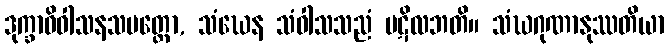
ဒုက္ခာဓိဝါသနသမတ္ထော, သံဃေန သံဝါသသညံ ပဋိလဘတိ။ သံဃဂုဏာနုဿတိယာ